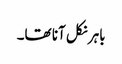
باہر نکل آنا تھا۔